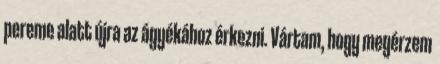
pereme alatt újra az ágyékához érkezni. Vártam, hogy megérzem